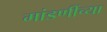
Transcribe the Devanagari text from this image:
मांडणींच्या